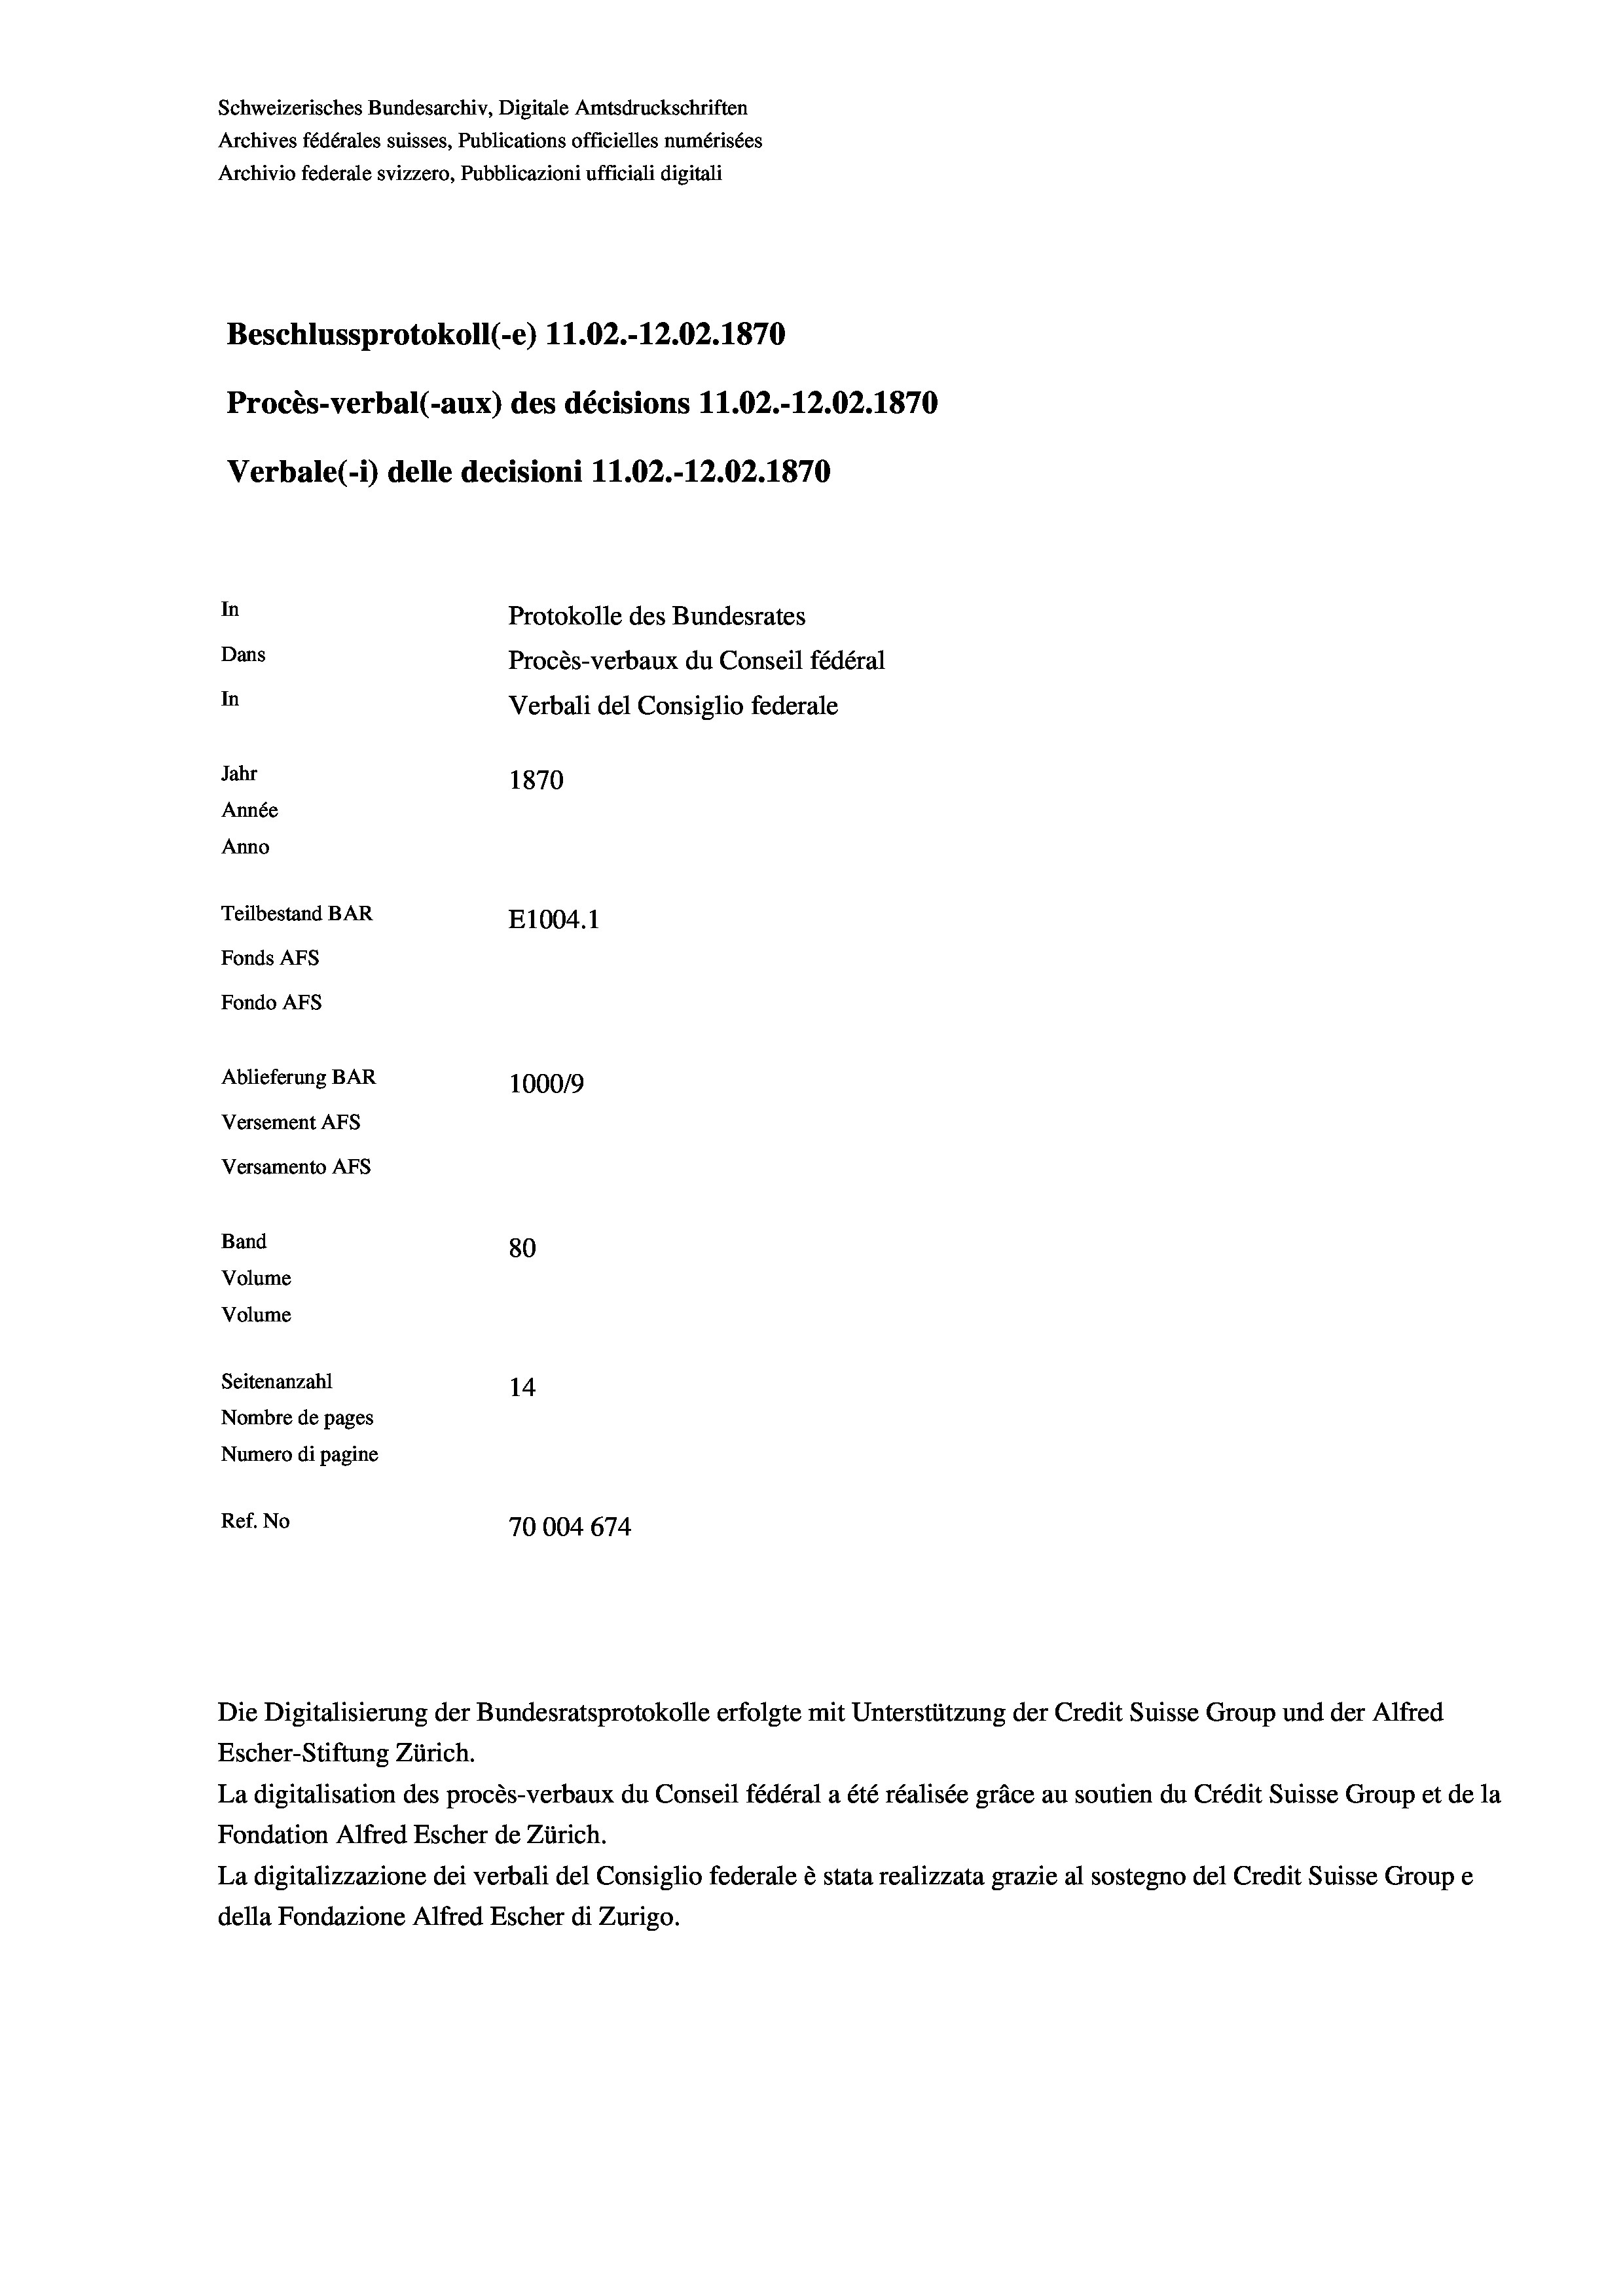
Schweizerisches Bundesarchiv, Digitale Amtsdruckschriften
Archives fédérales suisses, Publications officielles numérisées
Archivio federale svizzero, Pubblicazioni ufficiali digitali
Beschlussprotokoll (-e) 11.02.-12.02. 1870
Procès-verbal (-aux) des décisions 11.02.-12.02. 1870
Verbale (- 1) delle decisioni 11.02.-12.02. 1870
In
Protokolle des Bundesrates
Dans
Procès-verbaux du Conseil fédéral
In
Verbali del Consiglio federale
Jahr
1870
Année
Anno
Teilbestand BAR
E1004. 1
Fonds AFs
Fondo Afs
Ablieferung BAR
100019
Versement Ans
Versamento Afs

80
Seitenanzahl
14
Nombre de pages
Numero di pagine
Ref. No
70004674

Band
Volume
Volume

Escher-Stiftung Zürich.
La digitalisation des procès-verbaux du Conseil fédéral a été réalisée gräce au soutien du Crédit Suisse Group et de la
Fondation Alfred Escher de Zürich.
La digitalizzazione dei verbali del Consiglio federale è stata realizzata grazie al sostegno del Credit Suisse Groupe
della Fondazione Alfred Escher di Zurigo.

Die Digitalisierung der Bundesratsprotokolle erfolgte mit Unterstützung der Credit Suisse Group und der Alfred